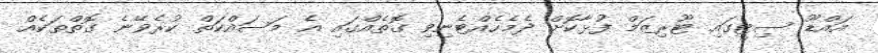
އައްޑޫ ސިޓީގައި ޓޫރިޒަމް ފުޅާކޮށް ދެމެހެއްޓެނިވި ގޮތެއްގައި އެ މަަސައްކަތް ކުރެވޭނެ ގޮތްތަކެއް